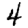
Digit: 4